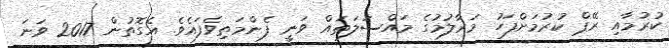
ކުރުމާއި ރޭޕް ކުރުމަށްފަހު މަރާލުމުގެ މައްސަލަތައް ވަނީ ފެންމަތިވެފައެވެ. އެގޮތުން 2017 ވަނަ